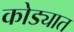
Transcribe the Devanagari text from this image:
कोड्यात